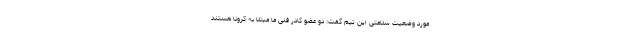
مورد وضعیت سلامتی این تیم گفت: دو عضو کادر فنی ما مبتلا به کرونا هستند